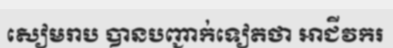
សៀមរាប បានបញ្ជាក់ទៀតថា អាជីវករ